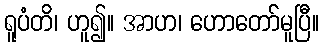
ရူပံတိ၊ ဟူ၍။ အာဟ၊ ဟောတော်မူပြီ။